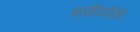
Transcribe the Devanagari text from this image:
धर्मीयांपैकी